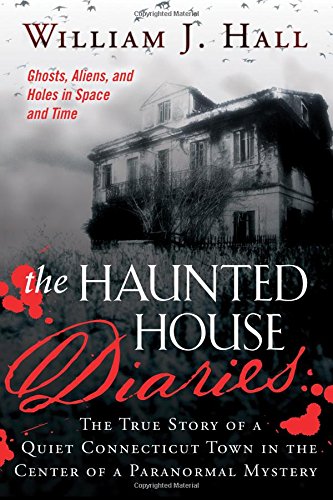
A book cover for The Haunted House Diaries: The True Story of a Quiet Connecticut Town in the Center of a Paranormal Mystery; William J. Hall; Religion & Spirituality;